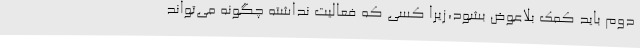
دوم باید کمک بلاعوض بشود،زیرا کسی که فعالیت نداشته چگونه می‌تواند